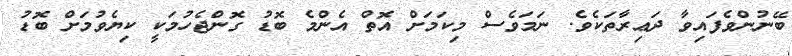
ބޭނުންވެފައިވާ ދަޢިރާތަކެވެ. ނަމަވެސް މިކަމަށް އޮތް އެންމެ ބޮޑު ގޮންޖެހުމަކީ ކިޔެވުމަށް ބޮޑު